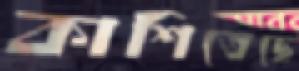
কাশিতেছে